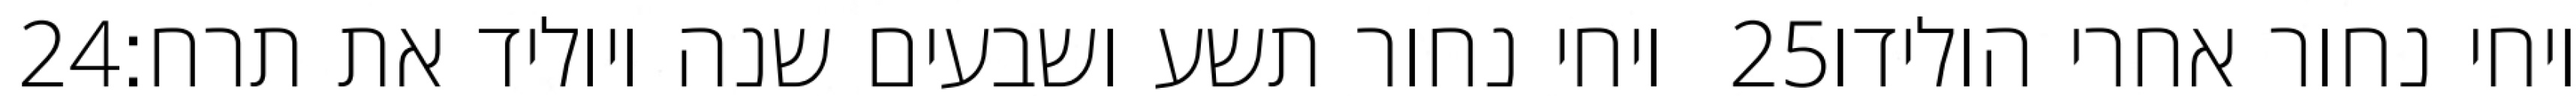
‎24‏ ויחי נחור תשע ושבעים שנה ויוליד את תרח׃ ‎25‏ ויחי נחור אחרי הולידו